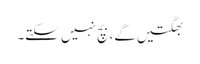
بھگتیں گے، بچ نہیں سکتے۔